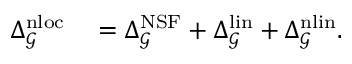
\begin{array} { r l } { \Delta _ { \mathcal { G } } ^ { \mathrm { n l o c } } } & { { } = \Delta _ { \mathcal { G } } ^ { \mathrm { N S F } } + \Delta _ { \mathcal { G } } ^ { \mathrm { l i n } } + \Delta _ { \mathcal { G } } ^ { \mathrm { n l i n } } . } \end{array}